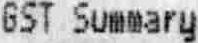
GST SUMMARY